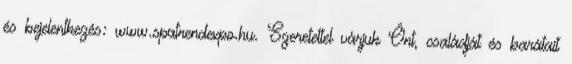
és bejelentkezés: www.spatrendexpo.hu. Szeretettel várjuk Önt, családját és barátait